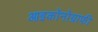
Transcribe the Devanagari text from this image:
आइकॉनोग्राफी